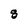
Character: 8